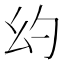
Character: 𪪊